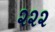
૨૨૨